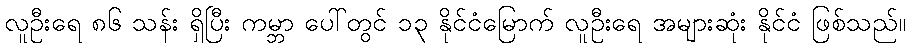
လူဦးရေ ၈၆ သန်း ရှိပြီး ကမ္ဘာ ပေါ်တွင် ၁၃ နိုင်ငံမြောက် လူဦးရေ အများဆုံး နိုင်ငံ ဖြစ်သည်။